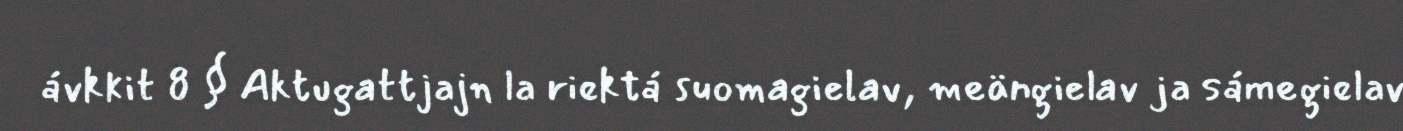
ávkkit 8 § Aktugattjajn la riektá suomagielav, meängielav ja sámegielav